Vaccination report Assam 1896-1927 - 1896-1927
Year: 1896
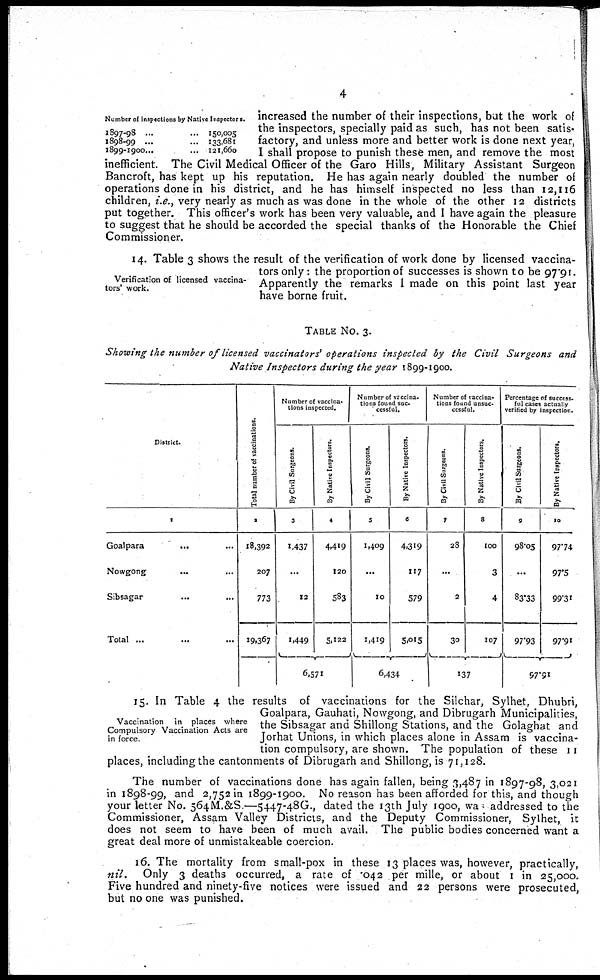
4
Number of inspections by Native Inspectors.
1897-98 ... ...
1898-99 ... ...
1899-1900... ...
150,005
133,681
121,660
increased the number of their inspections, but the work of
the inspectors, specially paid as such, has not been satis-
factory, and unless more and better work is done next year,
I shall propose to punish these men, and remove the most
inefficient. The Civil Medical Officer of the Garo Hills, Military Assistant Surgeon
Bancroft, has kept up his reputation. He has again nearly doubled the number of
operations done in his district, and he has himself inspected no less than 12,116
children, i.e., very nearly as much as was done in the whole of the other 12 districts
put together. This officer's work has been very valuable, and I have again the pleasure
to suggest that he should be accorded the special thanks of the Honorable the Chief
Commissioner.
Verification of licensed vaccina-
tors' work.
14. Table 3 shows the result of the verification of work done by licensed vaccina-
tors only : the proportion of successes is shown to be 97.91.
Apparently the remarks I made on this point last year
have borne fruit.
TABLE No. 3.
Showing the number of licensed vaccinators' operations inspected by the Civil Surgeons and
Native Inspectors during the year 1899-1900.
District.
1
Goalpara
... ...
Nowgong ... ...
Sibsagar ... ...
Total ... ... ...
Total number of vaccinations.
2
18,392
207
773
19,367
Number of vaccina¬
tions inspected.
By Civil Surgeons.
3
1,437
...
12
1,449
By Native Inspectors.
4
4,419
120
583
5,122
6,571
Number of vaccina-
----- found suc¬
cessful.
By Civil Surgeons.
5
1,409
...
10
1,419
By Native Inspectors.
6
4,319
117
579
5,015
6,434
Number of vaccina¬
tions found unsuc-
cessful.
By Civil Surgeons.
7
28
...
2
30
By Native Inspectors.
8
100
3
4
107
137
Percentage of success.
ful cases actually
verified by inspection.
By Civil Surgeons.
9
98.05
...
83.33
97.93
By Native Inspectors.
10
97.74
97.5
99.31
97.91
97.91
Vaccination in places where
Compulsory Vaccination Acts are
in force.
15. In Table 4 the results of vaccinations for the Silchar, Sylhet, Dhubri,
Goalpara, Gauhati, Nowgong, and Dibrugarh Municipalities,
the Sibsagar and Shillong Stations, and the Golaghat and
Jorhat Unions, in which places alone in Assam is vaccina-
tion compulsory, are shown. The population of these 11
places, including the cantonments of Dibrugarh and Shillong, is 71,128.
The number of vaccinations done has again fallen, being 3,487 in 1897-98, 3,021
in 1898-99, and 2,752 in 1899-1900. No reason has been afforded for this, and though
your letter No. 564M.&S—5447-48G., dated the 13th July 1900, was addressed to the
Commissioner, Assam Valley Districts, and the Deputy Commissioner, Sylhet, it
does not seem to have been of much avail. The public bodies concerned want a
great deal more of unmistakaeble coercion.
16. The mortality from small-pox in these 13 places was, however, practically,
nil.
Only 3 deaths occurred, a rate of .042 per mille, or about 1 in 25,000.
Five hundred and ninety-five notices were issued and 22 persons were prosecuted,
but no one was punished.